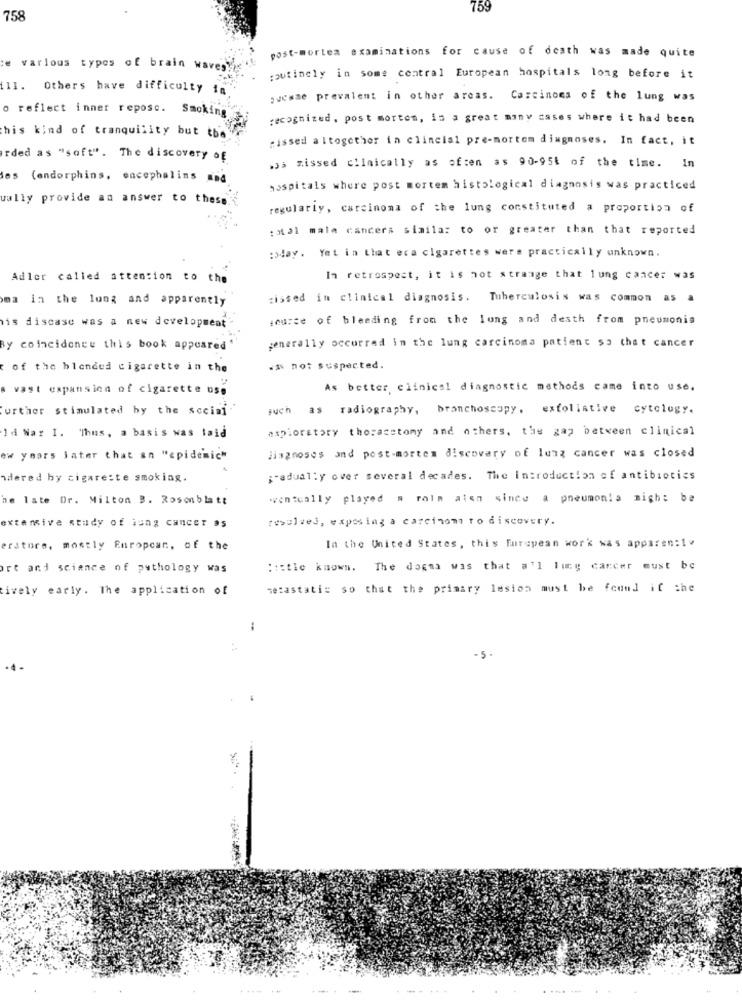
759
758
post-mortem examinations for cause of death was made quite
e various types of brain waves
routinely in some central European hospitals long before it
11.
Others have difficulty in
puesme prevalent in other areas. Carcinoma of the lung was
o reflect inner reposo. Smoking
recognized , post morton, in a great many cases where it had been
his kind of tranquility but the
missed altogether in clincial pre-mortem diagnoses. In fact, it
rded as "soft". The discovery of
wjs missed clinically as often as 90-951 of the time. In
das (endorphins, encephalins and
hospitals where post mortem histological diagnosis was practiced
wally provide an answer to these.
regularly, carcinoma of the lung constituted a proportion of
Hal mala cancers similar to or greater than that reported
:>day . Yet in that era cigarettes were practically unknown.
Adler called attention to the
In retrospect, it is not strange that lung cancer was
ma in the lung and apparently
zissed in clinical diagnosis. Tuberculosis was common as a
source of bleeding from the long and desth from pneumonia
is discase was a new development
generally occurred in the lung carcinoma patient so that cancer
By coincidence this book appeared
of the blended cigarette in the
.ss not suspected.
a vast expansion of cigarette use
As better clinical diagnostic methods came into use.
Further stimulated by the sccisi
such as radiography, branchoscopy, exfolistive cytology.
aspioratory thoracstomy and others, the gap between clinical
1 d War I. Thus, a basis was laid
jingnoses and post-morten discovery of lung cancer was closed
ew years later that an "epidemic"
dered by cigarette smoking.
gradually over several decades. The Introduction of antibiotics
he late Dr. Milton B. Rosenblatt
wwontually played a raim alen since a pneumonia might be
resolved, exposing a carcinomi to discovery.
extensive study of lung cancer as
erstore, mostly Europcar, of the
In the United States, this Furepean work was apparen:1
rt and science of pathology was
::: tle known. The dogma was that all lung cancer must be
ively early. The application of
metastati= so that the primary lesion must be found if the
- 5 .
.....
--